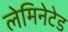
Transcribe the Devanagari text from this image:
लेमिनेटेड